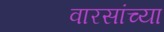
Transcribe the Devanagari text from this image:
वारसांच्या